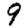
Digit: 9